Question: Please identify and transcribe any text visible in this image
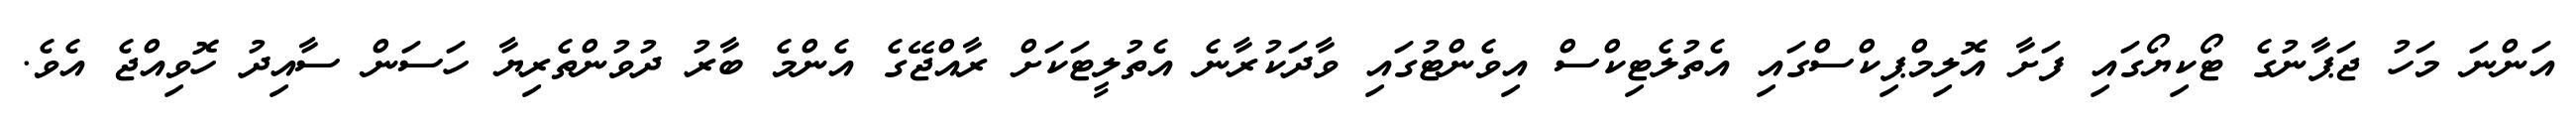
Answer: އަންނަ މަހު ޖަޕާނުގެ ޓޯކިޔޯގައި ފަށާ އޮލިމްޕިކްސްގައި އެތުލެޓިކްސް އިވެންޓުގައި ވާދަކުރާނެ އެތުލީޓަކަށް ރާއްޖޭގެ އެންމެ ބާރު ދުވުންތެރިޔާ ހަސަން ސާއިދު ހޮވިއްޖެ އެވެ.